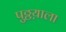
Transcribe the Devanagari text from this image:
पुठ्ठय़ाला